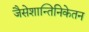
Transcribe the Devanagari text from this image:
जैसेशान्तिनिकेतन